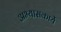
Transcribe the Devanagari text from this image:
अभ्यासकार्ये